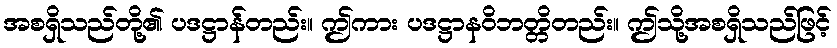
အစရှိသည်တို့၏ ပဒဋ္ဌာန်တည်း။ ဤကား ပဒဋ္ဌာနဝိဘတ္တိတည်း။ ဤသို့အစရှိသည်ဖြင့်